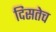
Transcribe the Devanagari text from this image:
दिसतेच